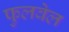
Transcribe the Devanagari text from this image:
फुलवेल